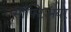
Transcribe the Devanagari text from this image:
साफ़्टिअयर